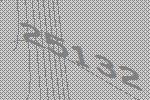
25132